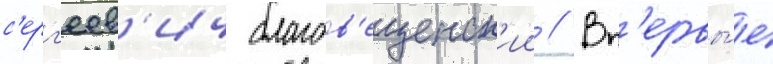
с'ерг'еев'ич благов'ещенск'ии // Вп'ервы́е